Report of the King Institute of Preventive Medicine, Guindy
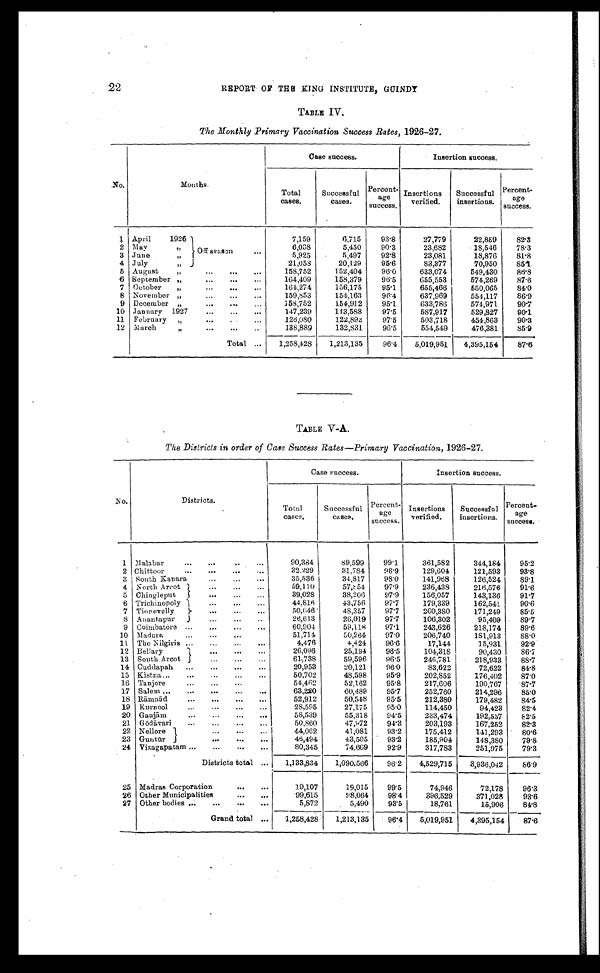
22
REPORT OF THE KING INSTITUTE GUINDY
TABLE IV.
The Monthly Primary Vaccination Success Rates, 1926-27.
Case success.
Insertion success.
No.
Months.
Total
cases.
Successful
cases.
Percent -
age
success.
Insertions
verified.
Successful
insertions.
Percent
-
age
success.
1 April
1926
O f f s e a s o n . . .
7,159
6,715
93.8
27,779
22,859
82.3
2 May " . . .
6 , 0 < i l l e g i b l e > 8
5,450
90.3
23,682
18,546
78.3
3 June " . . .
5,925
5,497
92.8
23,081
18,876
81.8
4 July " . . .
21,058
20,129
95.6
83,377
70,950
85. 1
5 August " . . .
158,752
152,404
96.0
633,074
549,430
86.8
6 September ". . .
164,409
158,379
96.5
655,553
574,269
87.6
7 October " . . .
164,274
156,175
95.1
655,466
550,065
84.0
8 November " . . .
159,853
154,163
96.4
637,969
554,117
86.9
9 December ". . .
158,752
154,912
95.1
633,786
574,971
90.7
10 January 1927 . . .
147,239
143,588
97.5
587,917
529,827
90.1
1 1 February " . . .
126,080
122,892
97.5
503,718
454,863
90.3
12 March " . . .
138,889
132,831
96.5
554,549
476,381
85.9
Total . . .
1,258,428
1,213,135
96.4
5,019,951
4,395,154
87.6
TABLE V-A.
The Districts in order of Case Success Rates—Primary Vaccination, 1926-27.
Case success.
Insertion success.
No.
Districts.
Total
cases.
Successful
cases.
Percent-
age
success.
Insertions
verified.
Successful
insertions.
Percent -
age
success.
1 Malabar . . .
90,384
89,599
99.1
361,582
344,184
95.2
2 Chittoor . . .
3 2 . 2 2 9 31,784
98.9
129,604
121,593
93.8
3 South Kanara . . .
35,536
34,817
98.0
141,968
126,524
89.1
4 North Arcot . . .
59,110
57,854
97.9
236,438
216,576
91.6
5 Chingleput . . .
39,028
38,206
97.9
156,057
143,136
91.7
6 Trichinopoly . . .
44,816
43,756
97.7
179,339
162,541
90.6
7 Tinnevelly . . .
50,046
48,357
97.7
200,380
171,249
85.5
8 Anantapur . . .
26,613
26,019
97.7
106,302
95,409
89.7
9 Coimbatore . . .
60,904
59,118
97.1
243,626
218,174
89.6
10 Madura . . .
51,714
50,264
97.0
206,740
181,913
88.0
11 The Nilgiris . . .
4,476
4,424
96.6
17,144
15,931
92.9
12
B e l l a r y . . .
26,096
25,194
96.5
104,318
90,430
86.7
13 South Arcot . . .
61,738
59,596
96.5
246,781
218,933
88.7
14 Cuddapah . . .
20,953
20,121
96.0
83,622
72,622
84.8
15 Kistna . . .
50,702
48,598
95.9
202,852
176,402
87.0
16 Tanjore . . .
54,462
52,162
95.8
217,606
190,767
87.7
17 Salem . . .
63,220
60,489
95.7
252,760
214,296
85.0
18 Rāmnād . . .
52,912
50,548
95.5
212,380
179,482
84.5
19 Kurnool . . .
28,595
27,175
95.0
114,450
94,423
82.4
20 Ganjām . . .
58,539
55,318
94.5
233,474
192,557
82.5
21 Gō dāvari . . .
50,860
47,972
94.3
203,193
167,252
82.3
22 Nellore . . .
44,062
41,081
93.2
175,412
141,293
80.6
23 Guntūr . . .
46,494
43,505
93.2
185,904
148,380 79.8
24 Vizagapatam . . .
80,345
74,609
92.9
317,783
251,975
79.3
Districts total . . .
1,133,834
1,090,566
96.2
4,529,715
3,936,042
86.9
25 Madras Corporation . . .
19,107
19,015
99.5
74,946
72,178
96.3
26 Other Municipalities . . .
99,615
98,064
98.4
396,529
371,028
93.6
27 Other bodies . . .
5,872
5,490
93.5
18,761
15,906
84.8
Grand total . . .
1,258,428
1,213,135
96.4
5,019,951
4,395,154
87.6